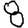
Digit: 8